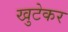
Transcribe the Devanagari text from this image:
खुटेकर